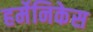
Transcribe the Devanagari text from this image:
हर्मेनिकेस